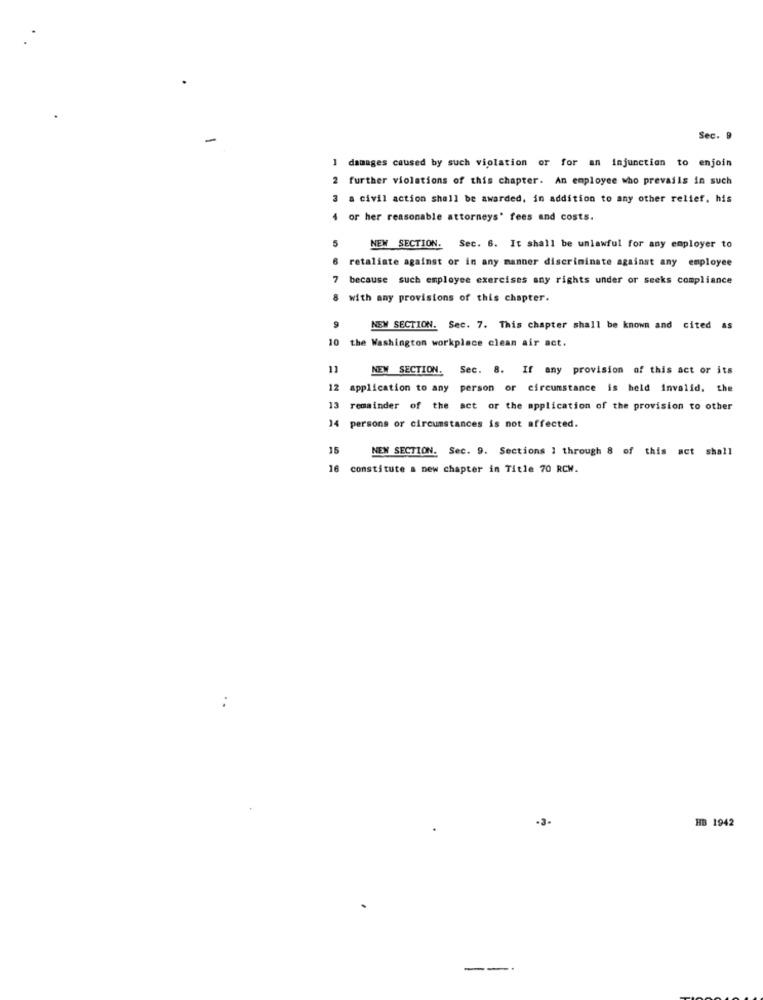
Sec. 9
1 damages caused by such violation or for an injunction to enjoin
2 further violations of this chapter. An employee who prevails in such
3 a civil action shall be awarded. in addition to any other relief. his
4 or her reasonable attorneys' fees and costs.
5
NEW SECTION. Sec. 6. It shall be unlawful for any employer to
6
retaliate against or in any manner discriminate against any employee
7
because such employee exercises any rights under or seeks compliance
8 with any provisions of this chapter.
9
NEW SECTION. Sec. 7. This chapter shall be known and cited as
10 the Washington workplace clean air act.
11
NEW SECTION. Sec. 8. If any provision of this act or its
12 application to any person or circumstance is held invalid, the
13
remainder of the act or the application of the provision to other
14 persons or circumstances is not affected.
15
NEW SECTION. Sec. 9. Sections ] through 8 of this act shall
8 constitute a new chapter in Title 70 RCW.
-3-
HB 1942
--